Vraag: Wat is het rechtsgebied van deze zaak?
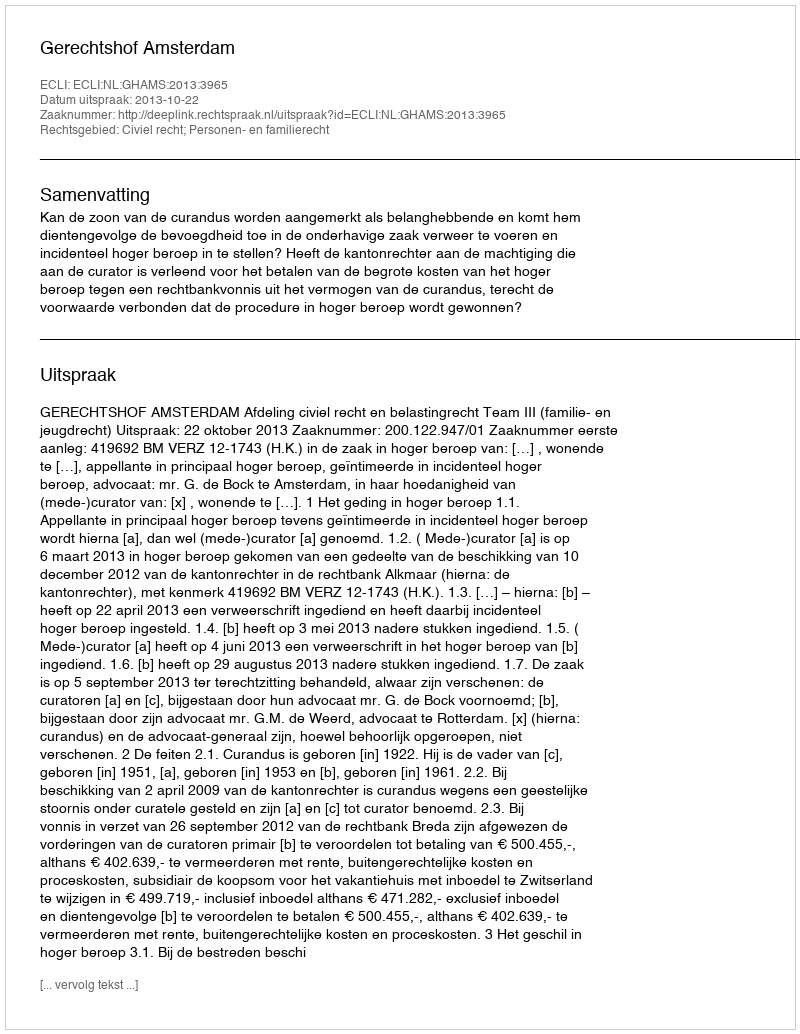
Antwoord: Civiel recht; Personen- en familierecht